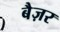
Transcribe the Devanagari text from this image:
बैज़र